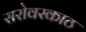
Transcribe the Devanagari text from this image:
सरोवरकाठ